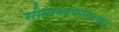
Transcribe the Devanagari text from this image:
सीमाव्यवस्थापक